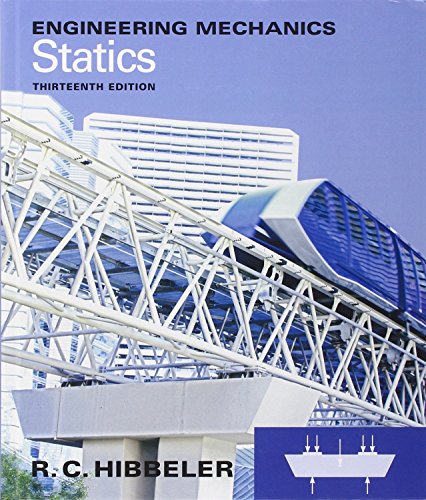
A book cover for Engineering Mechanics: Statics (13th Edition); Russell C. Hibbeler; Engineering & Transportation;